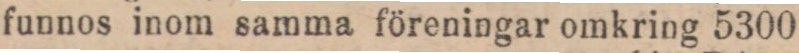
funnos inom samma föreningar omkring 5300